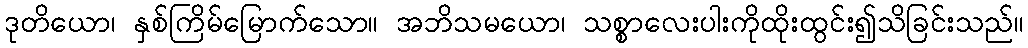
ဒုတိယော၊ နှစ်ကြိမ်မြောက်သော။ အဘိသမယော၊ သစ္စာလေးပါးကိုထိုးထွင်း၍သိခြင်းသည်။